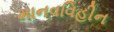
માનવવિહીન